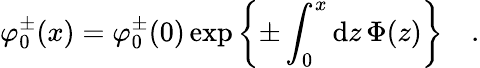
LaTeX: \varphi_{0}^{\pm}(x)=\varphi_{0}^{\pm}(0)\exp\left\{ \pm\int_{0}^{x}\mathrm{d}z\, \Phi(z)\right\} \quad.